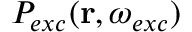
P _ { e x c } ( \mathbf { r } , \omega _ { e x c } )